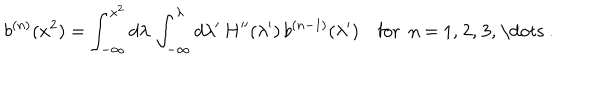
b ^ { ( n ) } ( x ^ { 2 } ) = \int _ { - \infty } ^ { x ^ { 2 } } d \lambda \, \int _ { - \infty } ^ { \lambda } d \lambda ^ { \prime } \, H ^ { \prime \prime } ( \lambda ^ { \prime } ) \, b ^ { ( n - 1 ) } ( \lambda ^ { \prime } ) \quad \mathrm { f o r ~ n ~ = ~ 1 , ~ 2 , ~ 3 , ~ \dots ~ . }